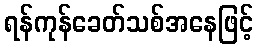
ရန်ကုန်ခေတ်သစ်အနေဖြင့်